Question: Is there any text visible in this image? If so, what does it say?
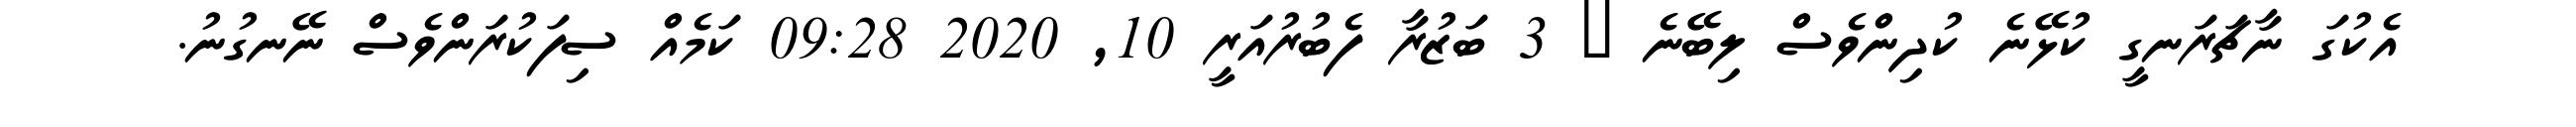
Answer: އެކުގަ ނާޗަރަނގީ ކުޅޭނެ ކުދިންވެސް ލިބޭނެ ? 3 ބަޒުރާ ފެބުރުއަރީ 10, 2020 09:28 ކަމެއް ސިފަކުރަންވެސް ނޭނގުނު.